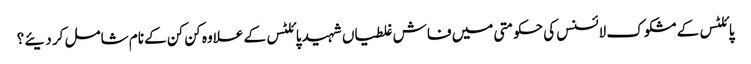
پائلٹس کے مشکوک لائسنس کی حکومتی میں فاش غلطیاں شہید پائلٹس کے علاوہ کن کن کے نام شامل کر دیئے ؟